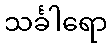
သင်္ခါရော